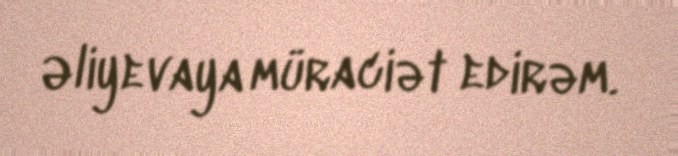
Əliyevaya müraciət edirəm.